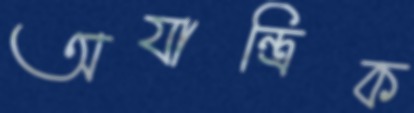
অযান্ত্রিক